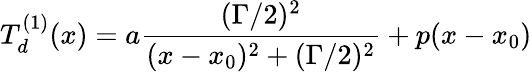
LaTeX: T_{d}^{(1)}(x)=a\frac{(\Gamma/2)^{2}}{(x-x_{0})^{2}+(\Gamma/2)^{2}}+p(x-x_{0})